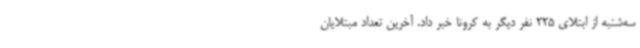
سه‌شنبه از ابتلای 225 نفر دیگر به کرونا خبر داد. آخرین تعداد مبتلایان